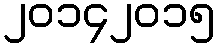
၂၀၁၄၂၀၁၅